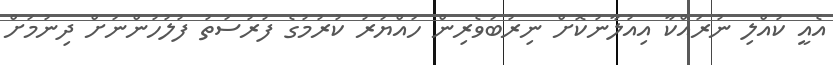
އެއީ ކުއްލި ނުރައްކާ އިއުލާނުކޮށް ނިރުބަވެރިން ހައްޔަރު ކުރުމުގެ ފުރުސަތު ފުލުހުންނަށް ދިނުމަށް